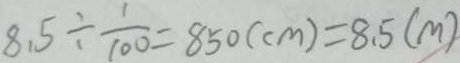
8 . 5 \div \frac { 1 } { 1 0 0 } = 8 5 0 ( c m ) = 8 . 5 ( m )